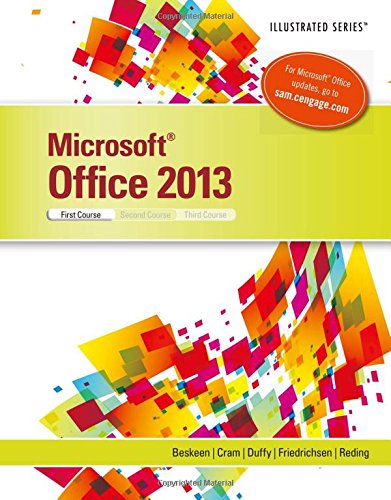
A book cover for Microsoft Office 2013: Illustrated Introductory, First Course; David W. Beskeen; Computers & Technology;